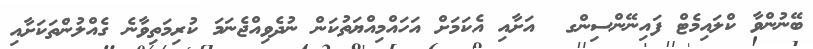
ބޭނުންވާ ކްލައިމެޓް ފައިނޭންސިންގ  އަށާއި އެކަމަށް އަހައްމިއްޔަތުކަން ނުދެވިއްޖެނަމަ ކުރިމަތިވާނެ ގެއްލުންތަކަށާއި